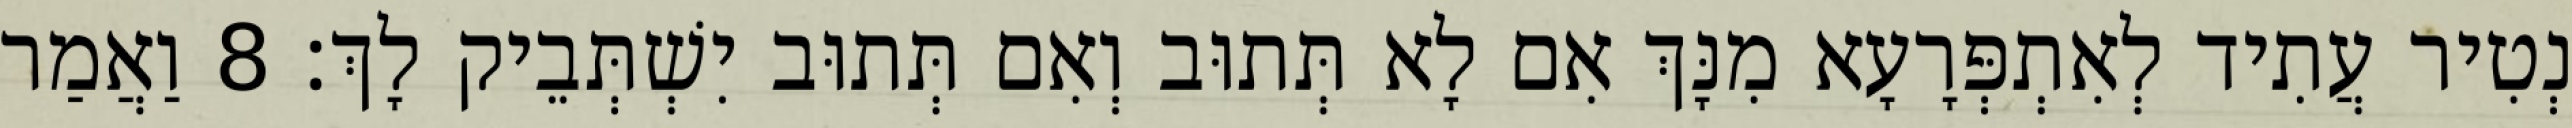
נְטִיר עֲתִיד לְאִתְפְּרָעָא מִנָּךְ אִם לָא תְּתוּב וְאִם תְּתוּב יִשְׁתְּבֵיק לָךְ׃ 8 וַאֲמַר